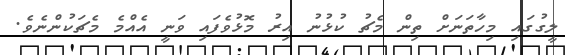
ލީގުގައި މިހާތަނަށް ތިން މެޗު ކުޅުނު އިރު މޮޅުވެފައި ވަނީ އެއްމެ މެޗަކުންނެވެ.